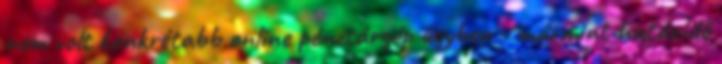
nem volt konkrétabb online pénztárgép ügyben - mármint határidő